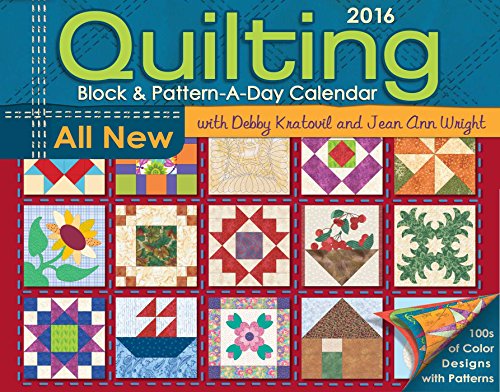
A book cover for Quilting Block & Pattern-a-Day 2016 Calendar; Debby Kratovil; Calendars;